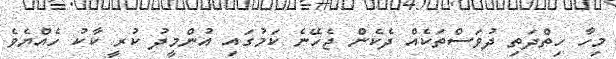
މިހާ ހިތްދަތި ދުވަސްތަކެއް ދެކެން ޖެހޭނެ ކަމުގައި އުންމީދު ކުރީ ކާކު ހެއްޔެވެ